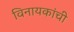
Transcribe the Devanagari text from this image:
विनायकांची